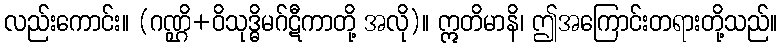
လည်းကောင်း။ (ဂဏ္ဌိ+ဝိသုဒ္ဓိမဂ်ဋီကာတို့ အလို)။ ဣတိမာနိ၊ ဤအကြောင်းတရားတို့သည်။